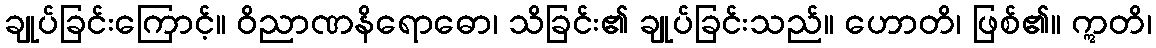
ချုပ်ခြင်းကြောင့်။ ဝိညာဏနိရောဓော၊ သိခြင်း၏ ချုပ်ခြင်းသည်။ ဟောတိ၊ ဖြစ်၏။ ဣတိ၊